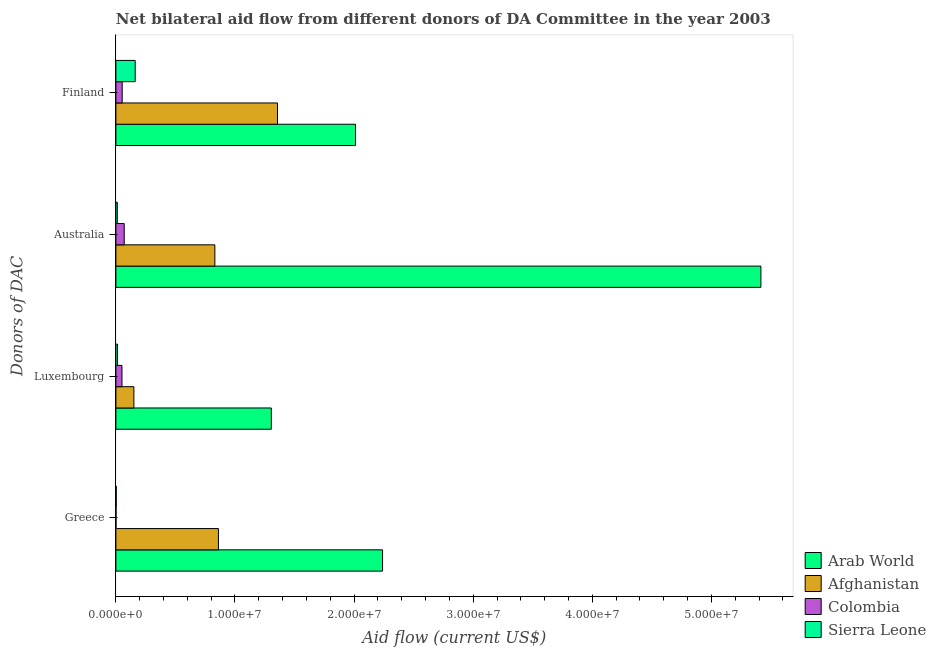
| Donors of DAC | Arab World | Afghanistan | Colombia | Sierra Leone |
 | --- | --- | --- | --- | --- |
 | Greece | 2.24e+07 | 8.61e+06 | 1e+04 | 3e+04 |
 | Luxembourg | 1.30e+07 | 1.51e+06 | 5.1e+05 | 1.4e+05 |
 | Australia | 5.42e+07 | 8.31e+06 | 7e+05 | 1.2e+05 |
 | Finland | 2.01e+07 | 1.36e+07 | 5.3e+05 | 1.62e+06 |